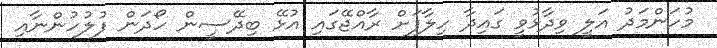
މުހަންމަދު އަލީ ވިދާޅުވީ ގައިދާ ހިލާފަށް ރާއްޖޭގައި އުޅޭ ބިދޭސީން ހޯދަން ފުލުހުންނާއި